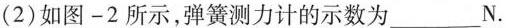
(2)如图—2所示，弹簧测力计的示数为___N。